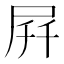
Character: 𫵚